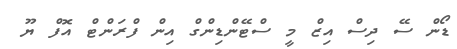
ޑޯން ސޭ ދިސް އިޒް މީ ސްޓޭންޑިންގް އިން ފްރަންޓް އޮފް ޔޫ